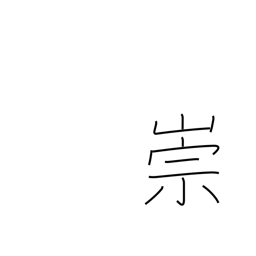
Meaning: adore